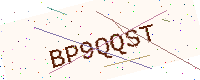
Text: BP9QQST